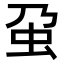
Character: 𧈦